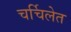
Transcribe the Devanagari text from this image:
चर्चिलेत